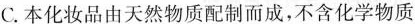
C.本化妆品由天然物质配制而成，不含化学物质